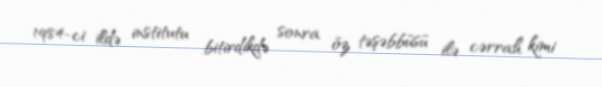
1984-ci ildə institutu bitirdikdə sonra öz təşəbbüsü ilə cərrah kimi